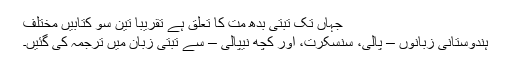
جہاں تک تبتی بدھ مت کا تعلق ہے تقریباً تین سو کتابیں مختلف
ہندوستانی زبانوں – پالی، سنسکرت، اور کچھ نیپالی – سے تبتی زبان میں ترجمہ کی گئیں۔